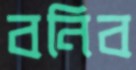
বনিব